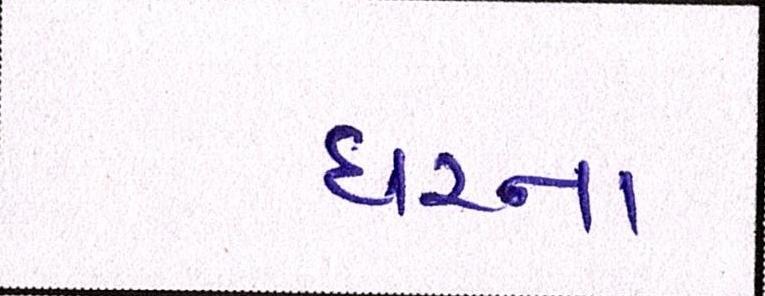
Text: ઘરના